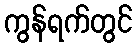
ကွန်ရက်တွင်